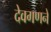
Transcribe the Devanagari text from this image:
देवगणने